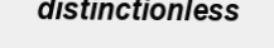
distinctionless